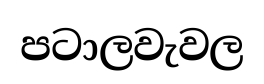
පටාලවැවල